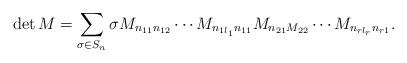
LaTeX: \begin{align*}\begin{aligned}\det M=\sum\limits_{\sigma\in S_n} \sigma {M}_{n_{11}n_{12}}\cdots {M}_{n_{1l_1}n_{11}}M_{n_{21}M_{22}}\cdots {M}_{n_{rl_r}n_{r1}}.\end{aligned}\end{align*}